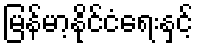
မြန်မာ့နိုင်ငံရေးနှင့်